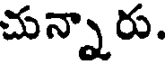
చున్నారు.